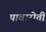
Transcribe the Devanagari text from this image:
पावारोती